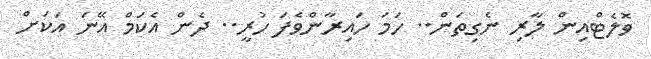
ވޮލެޓްއިން ލާރި ނެގިތަން.. ހަމަ ހައިރާންވެފަ ހުރީ.. ދެން އެކަމް އޭނަ އަކަށް